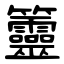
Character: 䉹